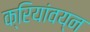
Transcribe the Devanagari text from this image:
क्रियांवय्न